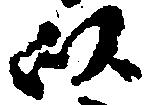
以